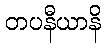
တပနီယာနိ